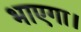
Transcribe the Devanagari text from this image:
भाएगा।